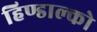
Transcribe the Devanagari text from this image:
हिण्डाल्को